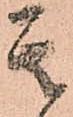
其